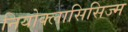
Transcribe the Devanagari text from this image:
नियोक्लासिसिज्म